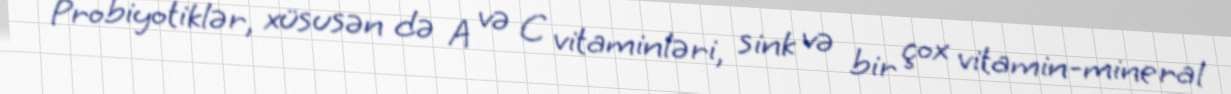
Probiyotiklər, xüsusən də A və C vitaminləri, sink və bir çox vitamin-mineral